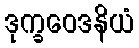
ဒုက္ခဝေဒနိယံ